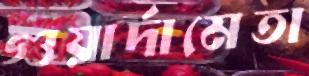
গুয়ার্দামেতা